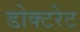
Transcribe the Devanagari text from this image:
डोक्टरेट